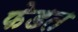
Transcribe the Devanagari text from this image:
फेडत